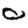
Digit: 0